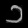
Digit: ၁